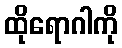
ထိုရောဂါကို